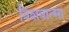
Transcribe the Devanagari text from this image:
विशवात्मा